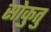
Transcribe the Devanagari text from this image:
सोकुतु